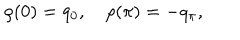
LaTeX: \rho ( 0 ) = q _ { 0 } , \quad \rho ( \pi ) = - q _ { \pi } ,